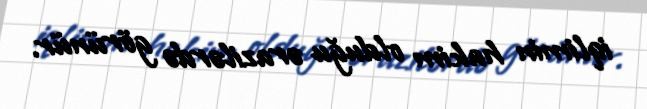
iqlimin hakim olduğu ərazilərdə görünür.